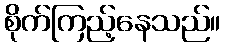
စိုက်ကြည့်နေသည်။